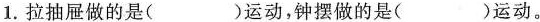
1.拉抽屉做的是( )运动，钟摆做的是( )运动。